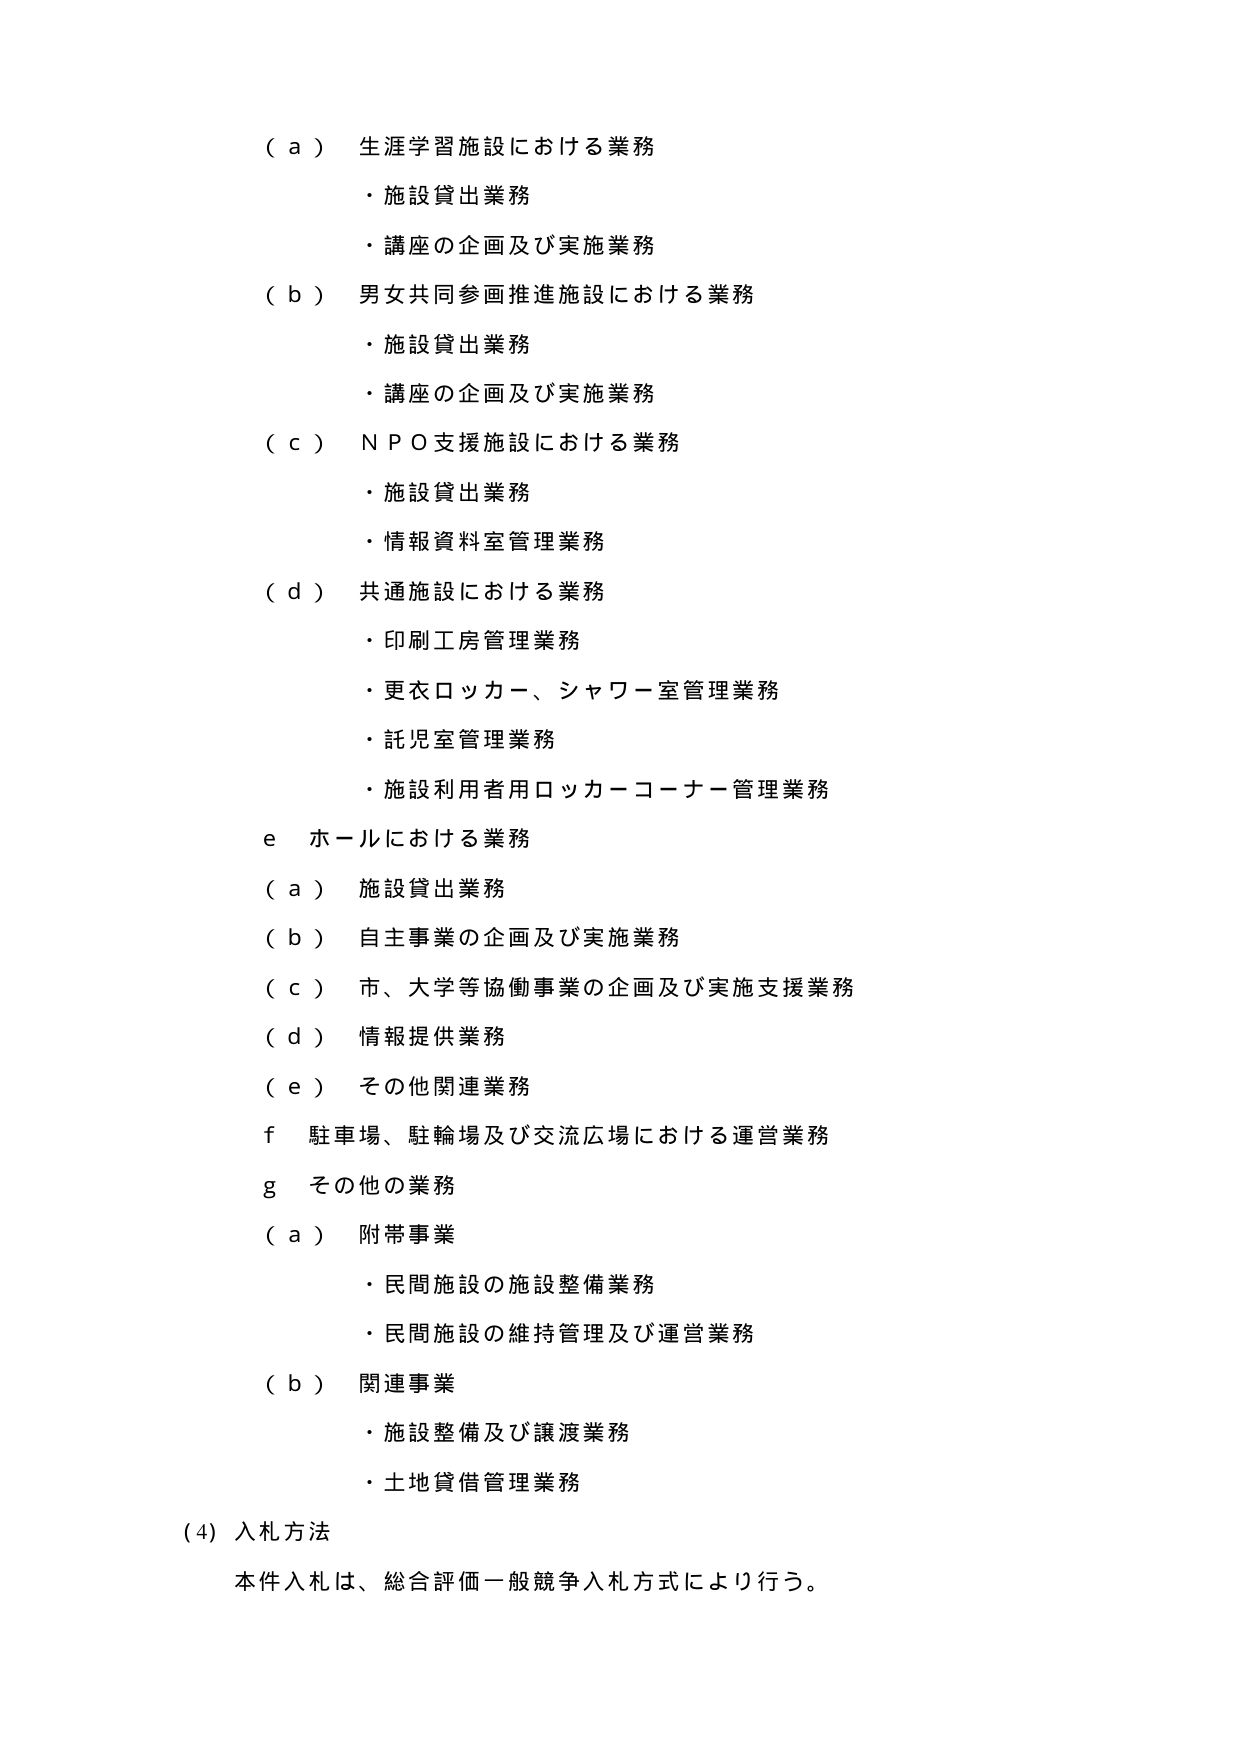
（ａ） 生涯学習施設における業務
・施設貸出業務
・講座の企画及び実施業務

（ｂ） 男女共同参画推進施設における業務
・施設貸出業務
・講座の企画及び実施業務

（ｃ） ＮＰＯ支援施設における業務
・施設貸出業務
・情報資料室管理業務

（ｄ） 共通施設における業務
・印刷工房管理業務
・更衣ロッカー、シャワー室管理業務
・託児室管理業務
・施設利用者用ロッカーコーナー管理業務

ｅ ホールにおける業務
（ａ） 施設貸出業務
（ｂ） 自主事業の企画及び実施業務
（ｃ） 市、大学等協働事業の企画及び実施支援業務
（ｄ） 情報提供業務
（ｅ） その他関連業務

ｆ 駐車場、駐輪場及び交流広場における運営業務

ｇ その他の業務
（ａ） 附帯事業
・民間施設の施設整備業務
・民間施設の維持管理及び運営業務
（ｂ） 関連事業
・施設整備及び譲渡業務
・土地貸借管理業務

（4）入札方法
本件入札は、総合評価一般競争入札方式により行う。